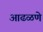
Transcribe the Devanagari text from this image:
आढळणे